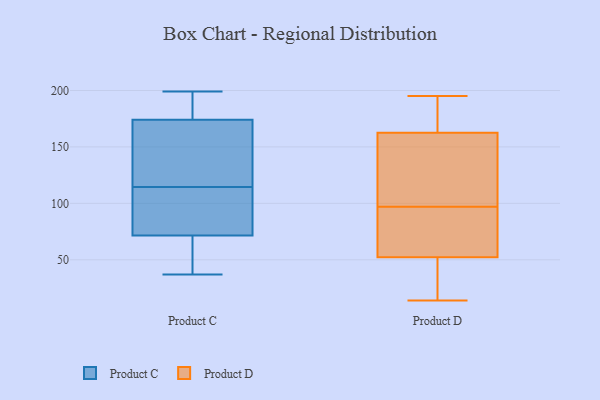
{"axis": {"x": "Churn Rate (%)", "y": "Value"}, "legend": ["Product C", "Product D"], "data": [{"x": "", "y": 189, "type": "Product C"}, {"x": "", "y": 65, "type": "Product C"}, {"x": "", "y": 96, "type": "Product C"}, {"x": "", "y": 199, "type": "Product C"}, {"x": "", "y": 60, "type": "Product C"}, {"x": "", "y": 101, "type": "Product C"}, {"x": "", "y": 40, "type": "Product C"}, {"x": "", "y": 154, "type": "Product C"}, {"x": "", "y": 115, "type": "Product C"}, {"x": "", "y": 114, "type": "Product C"}, {"x": "", "y": 37, "type": "Product C"}, {"x": "", "y": 192, "type": "Product C"}, {"x": "", "y": 160, "type": "Product C"}, {"x": "", "y": 123, "type": "Product C"}, {"x": "", "y": 42, "type": "Product C"}, {"x": "", "y": 175, "type": "Product C"}, {"x": "", "y": 94, "type": "Product C"}, {"x": "", "y": 188, "type": "Product C"}, {"x": "", "y": 78, "type": "Product C"}, {"x": "", "y": 173, "type": "Product C"}, {"x": "", "y": 48, "type": "Product D"}, {"x": "", "y": 71, "type": "Product D"}, {"x": "", "y": 14, "type": "Product D"}, {"x": "", "y": 23, "type": "Product D"}, {"x": "", "y": 82, "type": "Product D"}, {"x": "", "y": 97, "type": "Product D"}, {"x": "", "y": 152, "type": "Product D"}, {"x": "", "y": 174, "type": "Product D"}, {"x": "", "y": 142, "type": "Product D"}, {"x": "", "y": 124, "type": "Product D"}, {"x": "", "y": 195, "type": "Product D"}, {"x": "", "y": 27, "type": "Product D"}, {"x": "", "y": 166, "type": "Product D"}, {"x": "", "y": 194, "type": "Product D"}, {"x": "", "y": 65, "type": "Product D"}]}